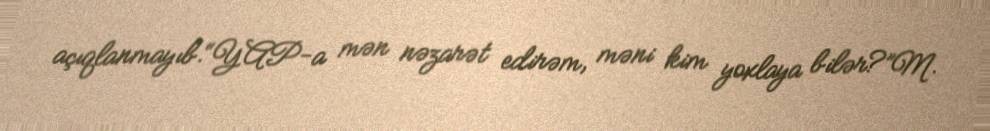
açıqlanmayıb.“YAP-a mən nəzarət edirəm, məni kim yoxlaya bilər?”M.